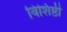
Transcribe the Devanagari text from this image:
विशिष्ठी